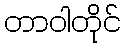
တာဝါတိုင်